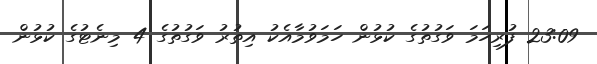
23:09 ފުރިހަމަ ވަގުތުގެ ކުޅުން ހަމަވުމާއެކު އިތުރު ވަގުތުގެ 4 މިނެޓުގެ ކުޅުން